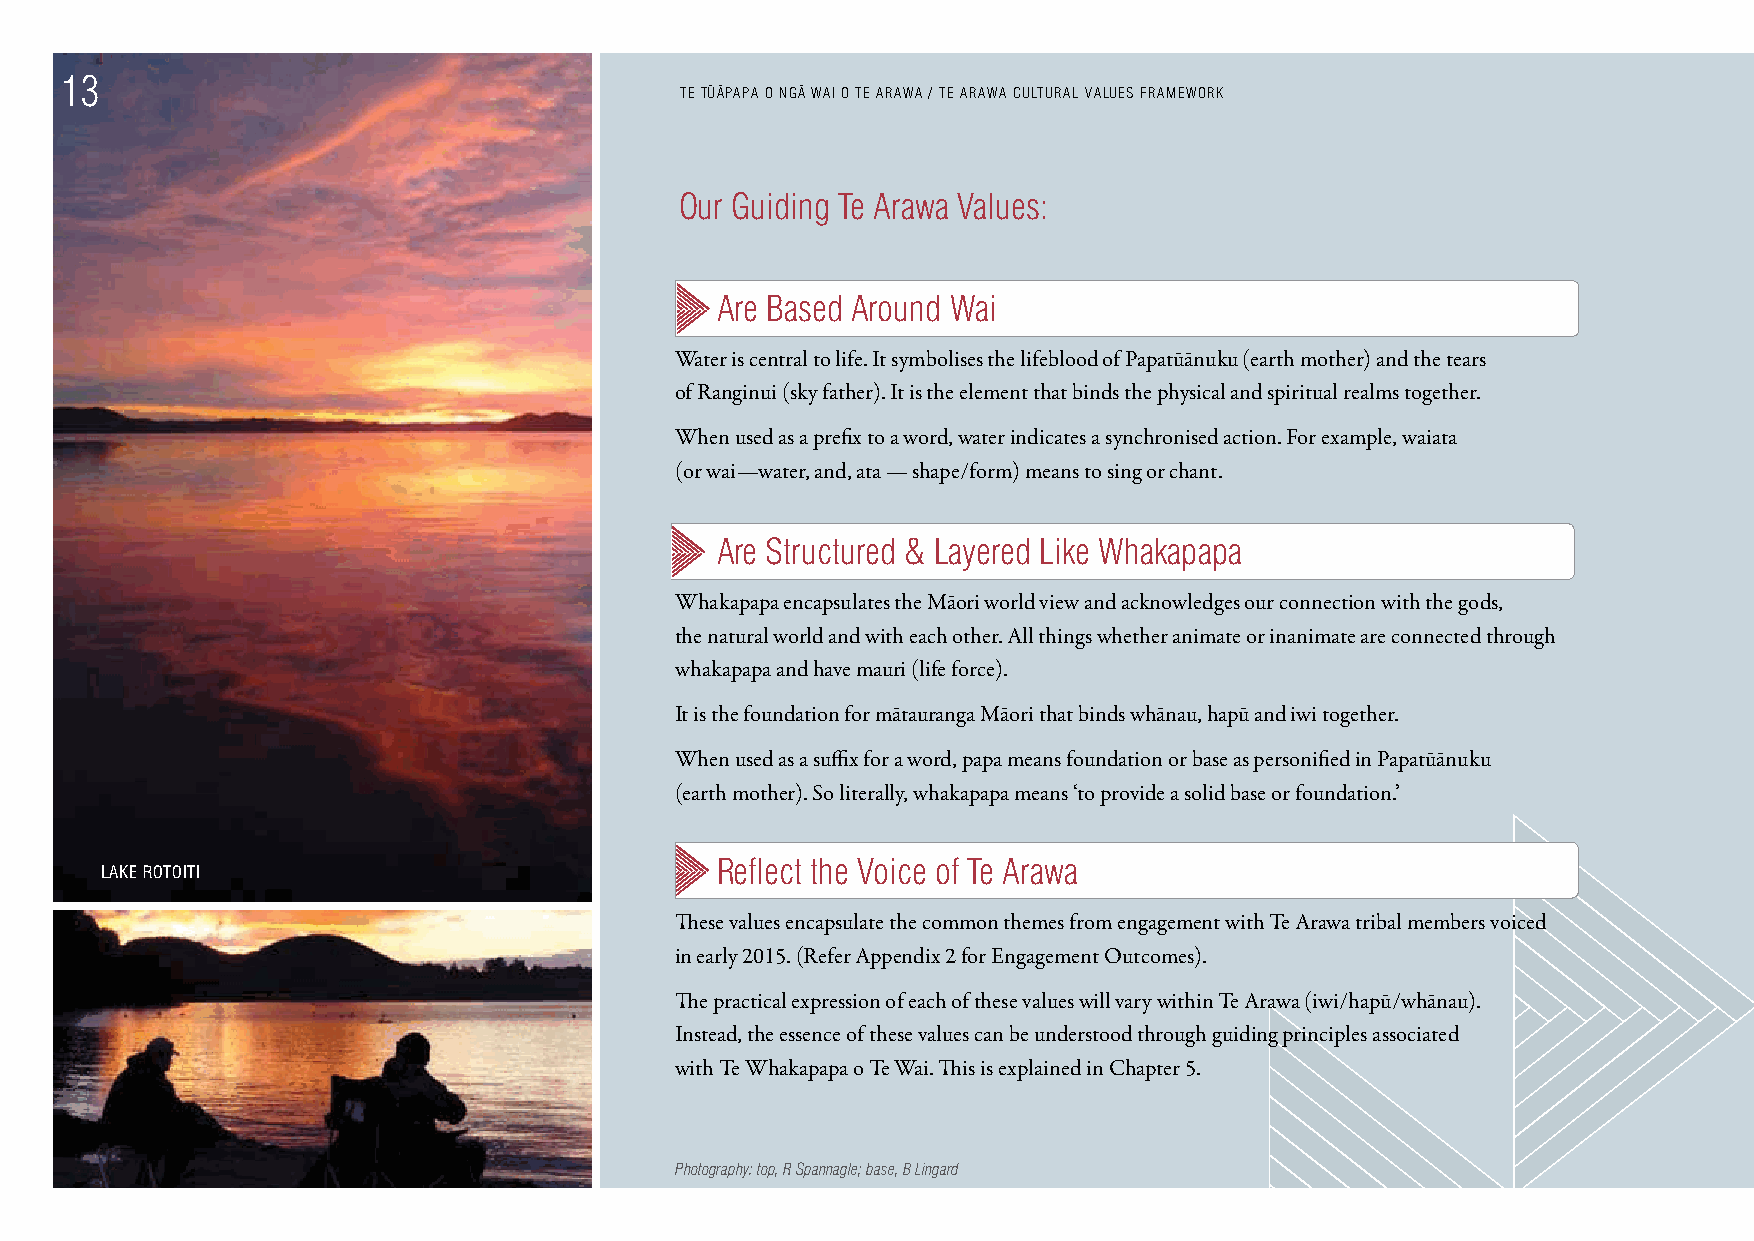
13                                         - -   -
 TE TUAPAPA O NGA WAI O TE ARAWA / TE ARAWA CULTURAL VALUES FRAMEWORK
 Our Guiding Te Arawa Values:
 Are Based Around Wai
 Water is central to life. It symbolises the lifeblood of Papatūānuku (earth mother) and the tears
 of Ranginui (sky father). It is the element that binds the physical and spiritual realms together.
 When used as a prefix to a word, water indicates a synchronised action. For example, waiata
 (or wai —water, and, ata — shape/form) means to sing or chant.
 Are Structured & Layered Like Whakapapa
 Whakapapa encapsulates the Māori world view and acknowledges our connection with the gods,
 the natural world and with each other. All things whether animate or inanimate are connected through
 whakapapa and have mauri (life force).
 It is the foundation for mātauranga Māori that binds whānau, hapū and iwi together.
 When used as a suffix for a word, papa means foundation or base as personified in Papatūānuku
 (earth mother). So literally, whakapapa means ‘to provide a solid base or foundation.’
 Reflect the Voice of Te Arawa
 LAKE ROTOITI
 These values encapsulate the common themes from engagement with Te Arawa tribal members voiced
 in early 2015. (Refer Appendix 2 for Engagement Outcomes).
 The practical expression of each of these values will vary within Te Arawa (iwi/hapū/whānau).
 Instead, the essence of these values can be understood through guiding principles associated
 with Te Whakapapa o Te Wai. This is explained in Chapter 5.
 Photography: top, R Spannagle; base, B Lingard